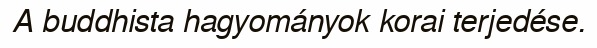
A buddhista hagyományok korai terjedése.